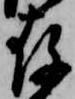
存